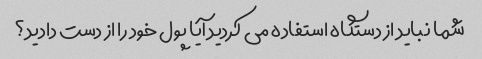
شما نباید از دستگاه استفاده می کردید آیا پول خود را از دست دادید؟